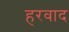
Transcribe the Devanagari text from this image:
हरवाद